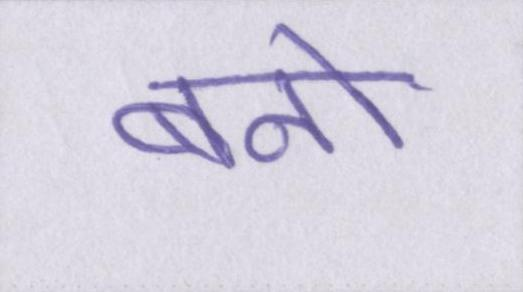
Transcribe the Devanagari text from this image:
बनो